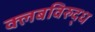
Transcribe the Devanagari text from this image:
क्लबविरुद्ध